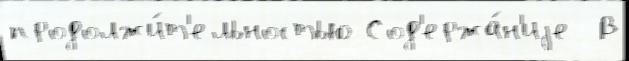
продолжи́т'ельностью Сод'ержа́н'иjе  В